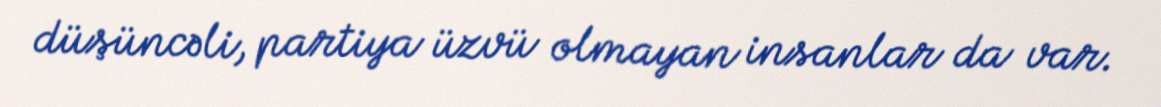
düşüncəli, partiya üzvü olmayan insanlar da var.